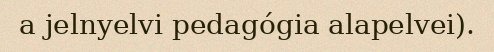
a jelnyelvi pedagógia alapelvei).